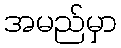
အမည်မှာ